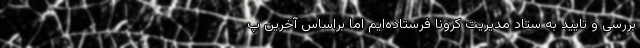
بررسی و تایید به ستاد مدیریت کرونا فرستاده‌ایم اما براساس آخرین پ